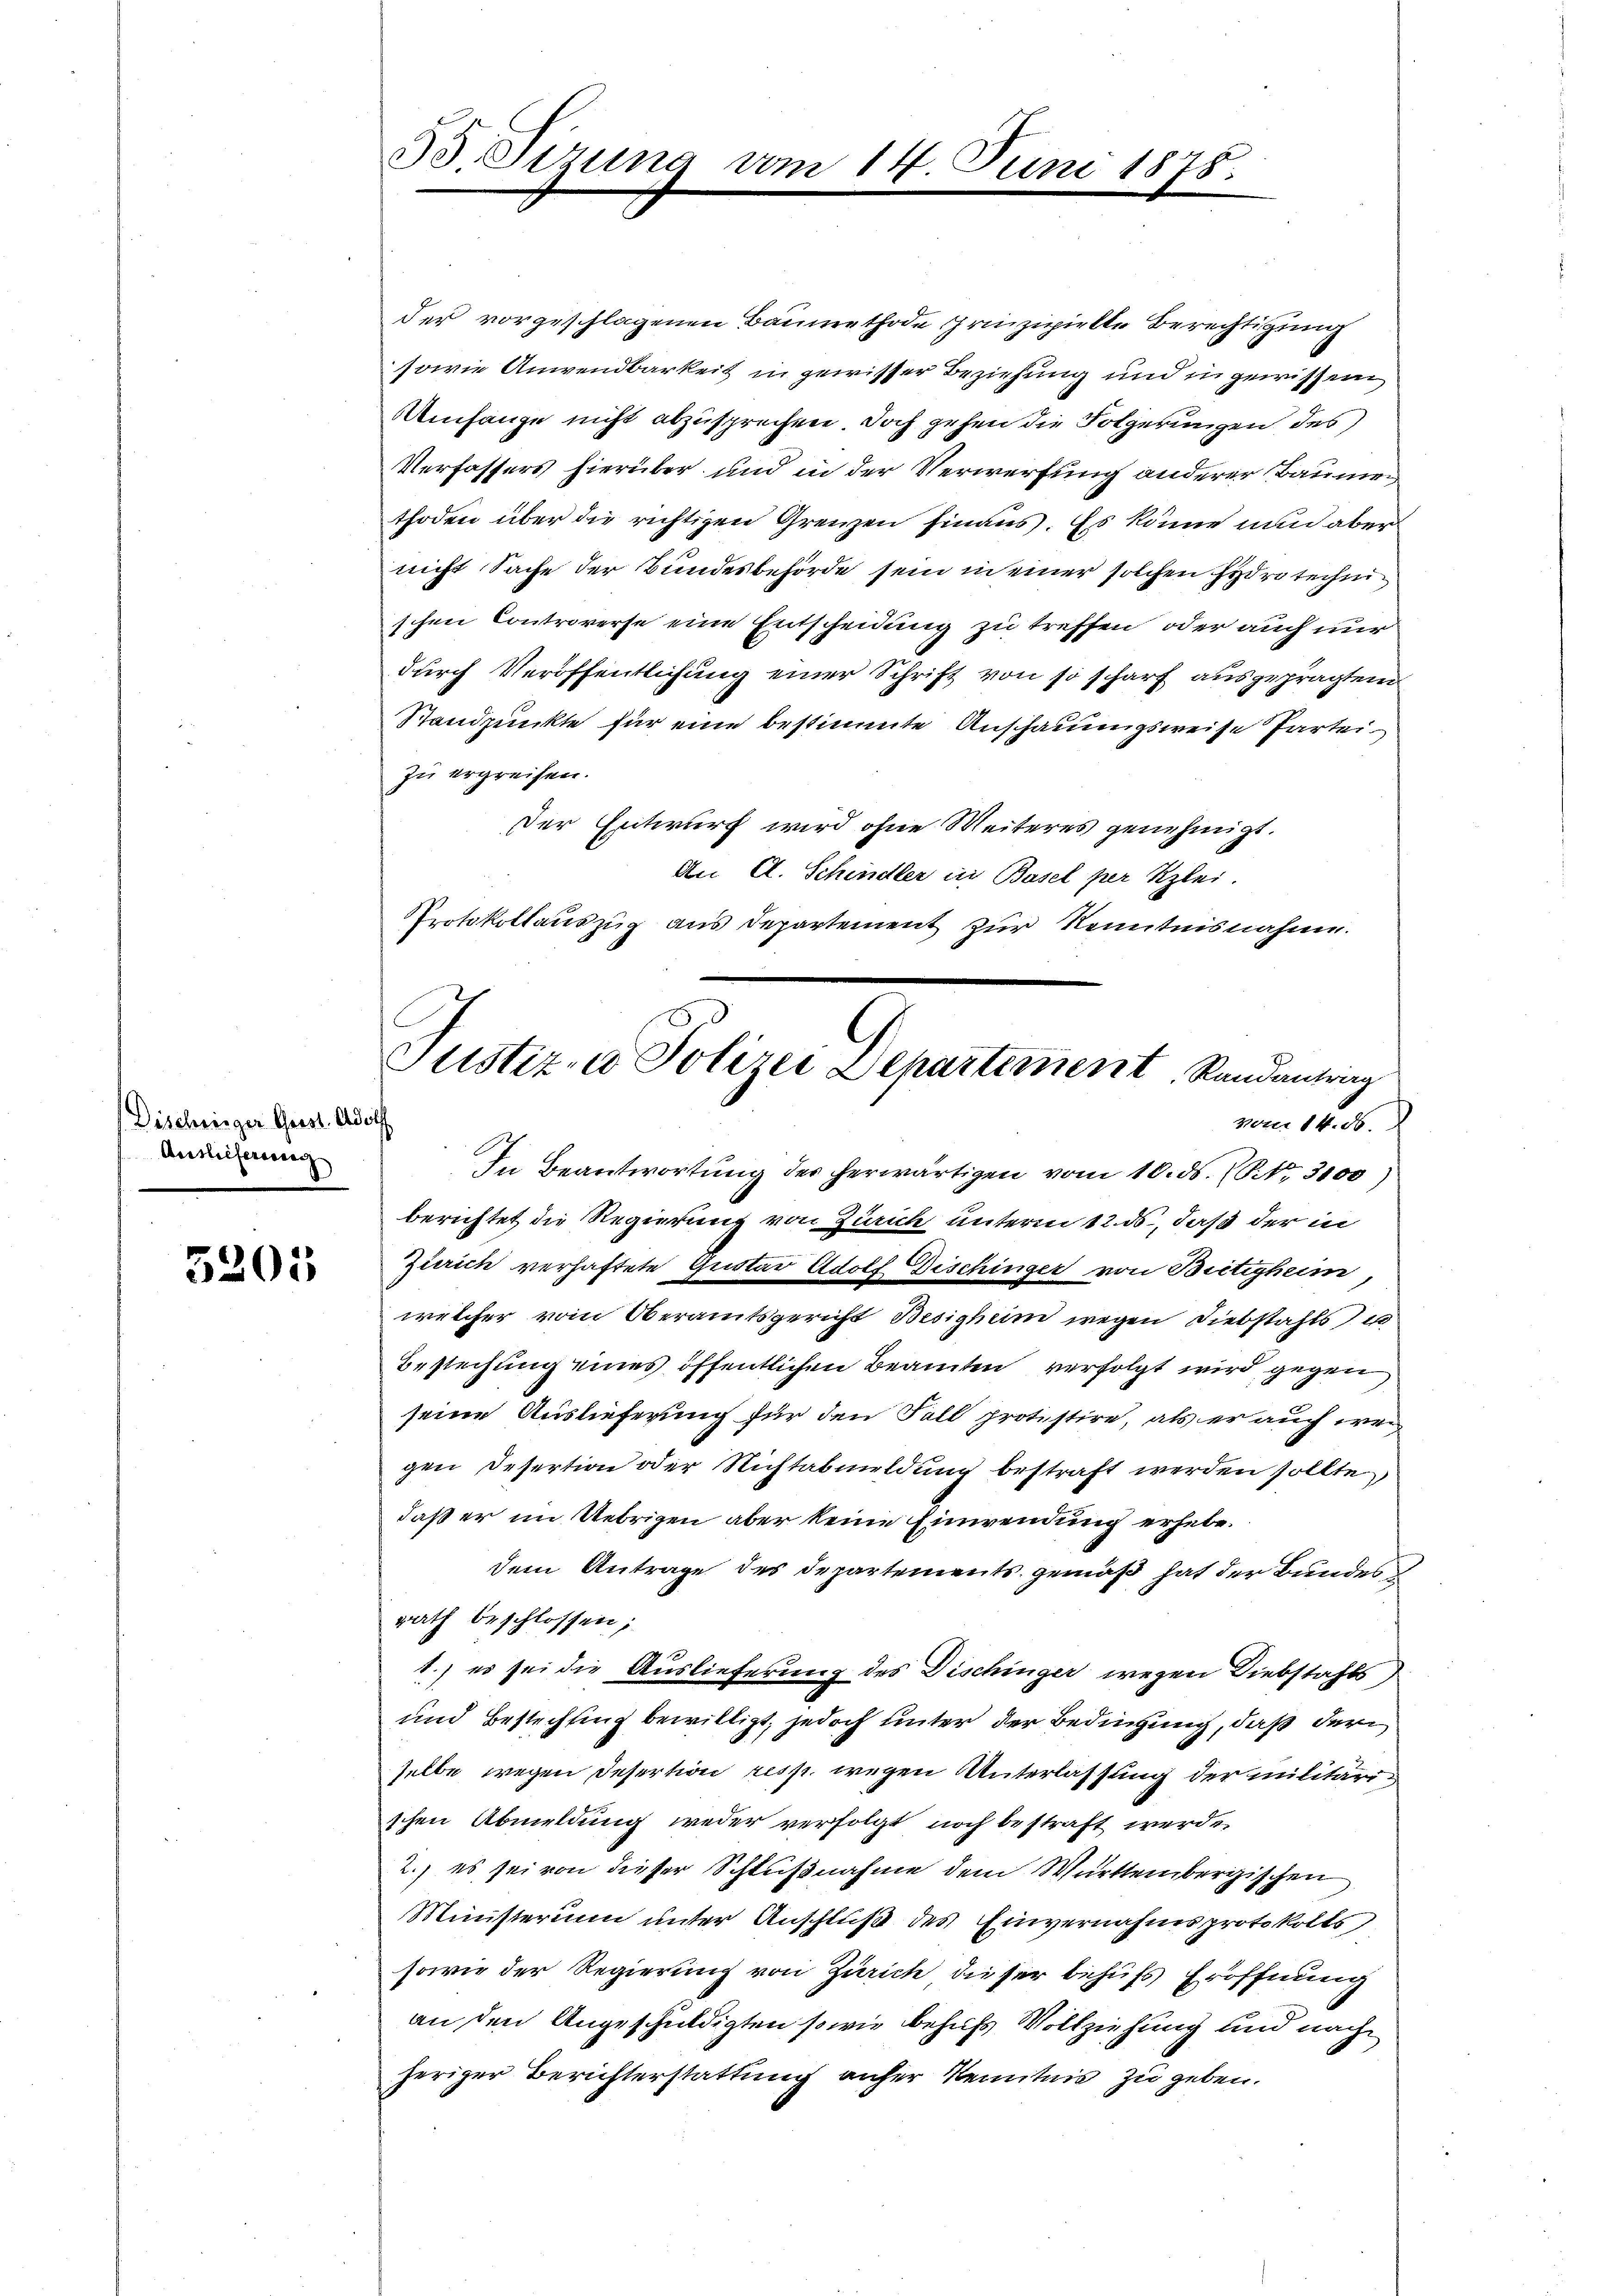
Discheinger Geist. Adolf
Auslieferweig

3201

der vorgeschlagenen Baumethode prinzipielte Berechtigung
sowie Anwendbarkeit in gewisser Beziehung und in gewissen
Umfange nicht abzusprechen. Doch gehen die Folgerungen des
Verfassers hierüber und in der Verwerfung anderer Baumen
thoden über die richtigen Grenzen hinaus. Es könne unnd aber
nicht Sache der Bundesbehörde sein in einer solchen Hydrotechnischen Controverse eine Entscheidung zu treffen oder auch nur
durch Veröffentlichung einer Schrift von so scharf ausgeprägten
Standpunkte für eine bestimmte Anschauungsweise Partei
zu ergreifen.
Der Entwurf wird ohne Weiteres genehmigt.
An A. Schindler in Basel per Kzlei.
Protokollauszug aus Departement zur Kenntnisnahme.
vom 14. ds.
In Beantwortung des herwärtigen vom 10. ds. (ONo. 3100)
berichtet die Regierung von Zürich unterm 12. ds, daß der in
Zürich verhaftete Gustav Adolf Dischinger von Beitigheim
welcher vom Oberamtsgericht Besigheim wegen Diebstahls u
Bestechung eines öffentlichen Beamten verfolgt wird gegen
seine Auslieferung für den Fall protistire, als er auch wegen Desertion oder Nichtabmeldung bestraft werden sollte,
daß er im Uebrigen aber keine Einwendung erhebedem Antrage des Departements gemäß hat der Bundes
rath beschlossen;
e
1.) er sei die Auslieferung des Dischinger wegen Diebstahls
und Bestichtung bewilligt, jedoch unter der Bedingung, daß der
selbe wegen Desertion resp. wegen Unterlassung der militärischen Abmeldung weder verfolgt noch bestraft werde.
2.) es sei von dieser Schlußnahme dem Württembergischen
Ministerium unter Anschluß des Einvernahmsprotokolls
sowie der Regierung von Zürich dieser behufs Eröffnung
an den Angeschuldigten sowie behufs Vollziehung und nach
heriger Berichterstattung anfer Kenntnis zu geben.

55 Sizung vom 14. Juni 1878.

Justiz- u Polizei Departement Randantrig